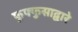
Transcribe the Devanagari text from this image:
फुफ्फुसाद्वारे